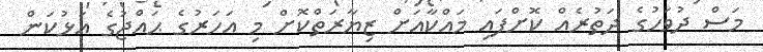
މަސް ދުވަހުގެ ދަތުރެއް ކޮށްފައި މައްކާއަށް ޒިޔާރަތްކޮށް މި އަހަރުގެ ޙައްޖުގެ އަޅުކަން